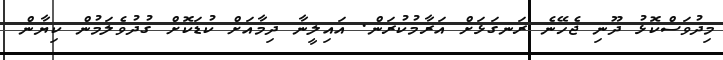
މިދުވަސްކޮޅު ދޫނި ޖެހޭނެ ރަނގަޅަށް އަރާމުކުރަން. އައިލީނާ ދިމާއަށް ކުޑަކޮށް ގުދުވެލަމުން ކިޔާން